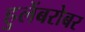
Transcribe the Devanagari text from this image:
हुलेंबरोबर